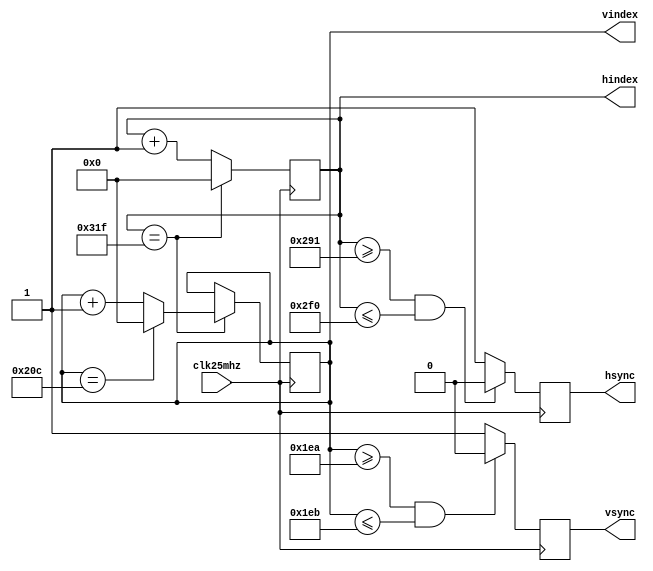
module vga_timing(
	clk25mhz,
	hindex,
	vindex,
	hsync,
	vsync
);

// Input

input wire clk25mhz;

// Output

output reg[9:0] hindex = 0;
output reg[9:0] vindex = 0;
output reg hsync;
output reg vsync;

// Process

always @ (posedge clk25mhz) begin: indexes
	if(hindex == 799) begin
		hindex <= 0;
		
		if(vindex == 524) begin
			vindex <= 0;
		end else begin
			vindex <= vindex + 1;
		end
	end else begin
		hindex <= hindex + 1;
	end
end

always @ (posedge clk25mhz) begin: vsync_output
	if(vindex >= 490 && vindex <= 491) begin
		vsync <= 0;
	end else begin
		vsync <= 1;
	end
end

always @ (posedge clk25mhz) begin: hsync_output
	// Both hsync and color output are delayed by one pixel
	if(hindex >= 657 && hindex <= 752) begin
		hsync <= 0;
	end else begin
		hsync <= 1;
	end
end

endmodule